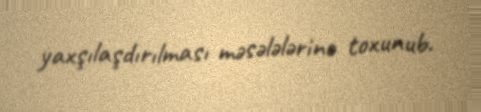
yaxşılaşdırılması məsələlərinə toxunub.